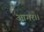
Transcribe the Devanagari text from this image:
आगर।।